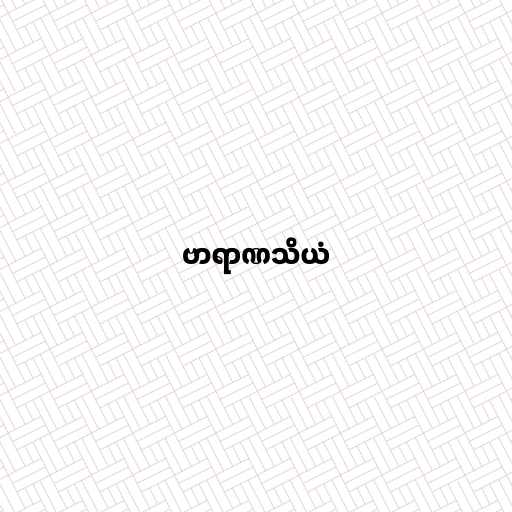
ဗာရာဏသိယံ